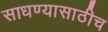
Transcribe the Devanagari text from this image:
साधण्यासाठीच